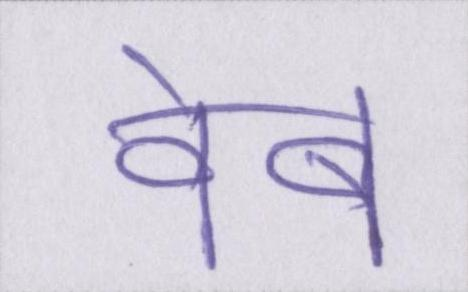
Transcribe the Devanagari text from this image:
वेब